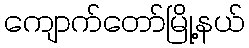
ကျောက်တော်မြို့နယ်